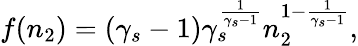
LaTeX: f(n_{2})=(\gamma_{s}-1)\gamma_{s}^{\frac{1}{\gamma_{s}-1}}n_{2}^{1-\frac{1}{\gamma_{s}-1}},